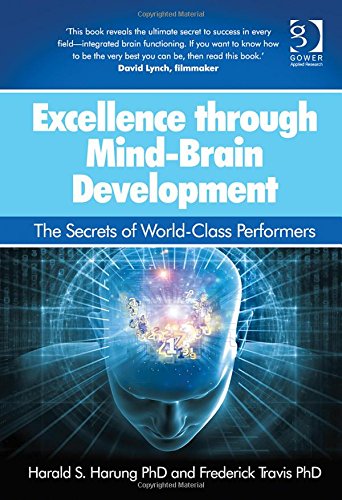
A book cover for Excellence Through Mind-brain Development: The Secrets of World-class Performers; Harald A. Harung; Medical Books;